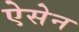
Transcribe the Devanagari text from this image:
ऐसेन